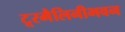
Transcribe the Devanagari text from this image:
टूरमैलिनीभवन